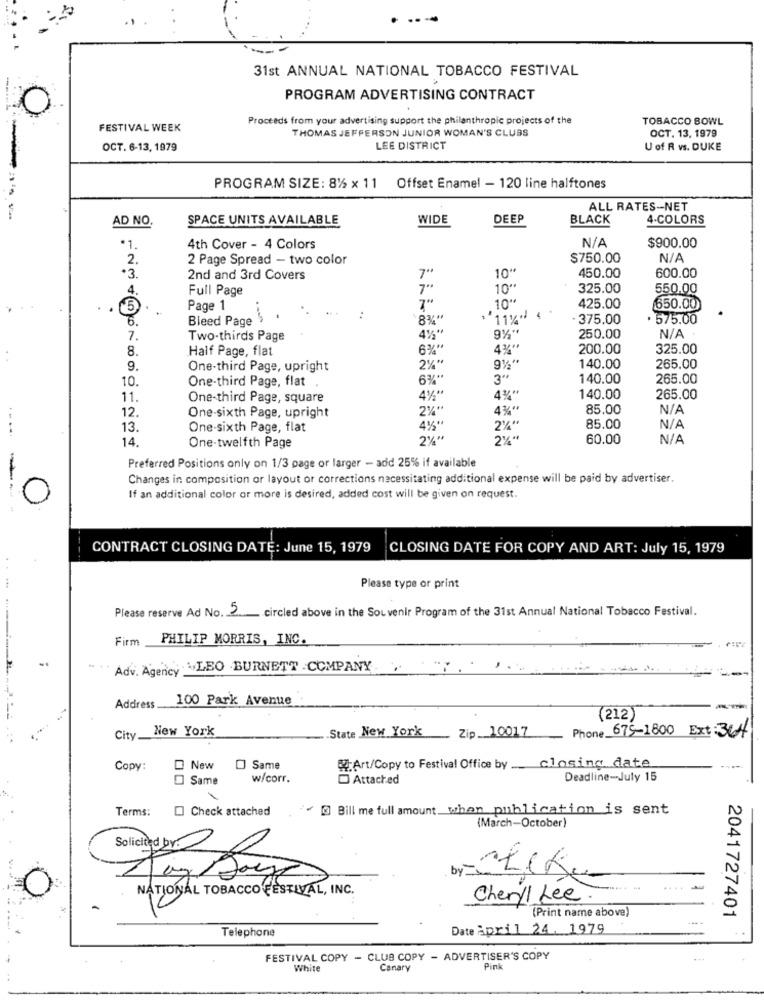
31st ANNUAL NATIONAL TOBACCO FESTIVAL
PROGRAM ADVERTISING CONTRACT
Proceeds from your advertising support the philanthropic projects of the
TOBACCO BOWL
FESTIVAL WEEK
THOMAS JEFFERSON JUNIOR WOMAN'S CLUBS
OCT. 13, 1979
OCT. 6-13, 1979
LEE DISTRICT
U of R vs. DUKE
PROGRAM SIZE: 81% × 11 Offset Enamel - 120 line halftones
ALL RATES-NET
AD NO
SPACE UNITS AVAILABLE
WIDE
DEEP
BLACK
4-COLORS
$900.00
*1.
4th Cover - 4 Colors
2.
2 Page Spread - two color
$750.00
*3.
2nd and 3rd Covers
7"
10"
450.00
600.00
4.
Full Page
7"
10"
325.00
550.00
7''
. 5.
Page 1
.10 **
425.00
650.00
6.
Bleed Page
:
8%"
375.00
575.00
7.
Two-thirds Page
4% **
250.00
8.
Half Page, flat
6% **
4% **
200.00
325.00
9.
One-third Page, upright
2%"
140.00
265.00
10.
One-third Page, flat
6%"
3"
140.00
265.00
11.
One-third Page, square
4% "
140.00
265.00
12.
One-sixth Page, upright
4%"
85.00
214
13.
One-sixth Page, flat
4%"
2%"
85.00
14.
2% "
2%"
60.00
One-twelfth Page
Preferred Positions only on 1/3 page or larger - add 25% if available
-
Changes in composition or layout or corrections necessitating additional expense will be paid by advertiser.
If an additional color or more is desired, added cost will be given on request.
CONTRACT CLOSING DATE: June 15, 1979
CLOSING DATE FOR COPY AND ART: July 15, 1979
Please type or print
Please reserve Ad No. 2 circled above in the Souvenir Program of the 31st Annual National Tobacco Festival.
Firm
PHILIP MORRIS, INC.
Adv. Agency: LEO BURNETT COMPANY. .
--
100 Park Avenue
Address
(212)
New York
-State New York
Zip __ 10017
City_
Phone 675-1800 Ext : 364
Art/Copy to Festival Office by closing date
Copy:
New O Same
Same
w/corr.
Attached
Deadline-July 15
Terms: [] Check attached
@] Bill me full amount, when publication is sent
(March-October)
Solicited by:
by
NATIONAL TOBACCO FESTIVAL, INC.
Cheryl Lee .
(Print name above)
2041727401
Telephone
Date April 24. 1979
FESTIVAL COPY - CLUB COPY - ADVERTISER'S COPY
White
Canary
Pink